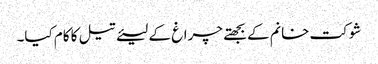
شوکت خانم کے بجھتے چراغ کے لیئے تیل کا کام کیا۔